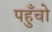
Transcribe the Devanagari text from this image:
पहुँचो